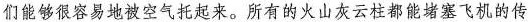
们能够很容易地被空气托起来。所有的火山灰云柱都能堵塞飞机的传